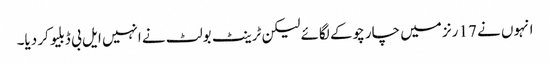
انہوں نے 17 رنز میں چار چوکے لگائے لیکن ٹرینٹ بولٹ نے انہیں ایل بی ڈبلیو کر دیا۔